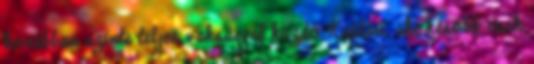
korábban szinte teljes vaksággal küzdő Kaplan, aki később csak